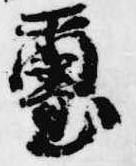
璽